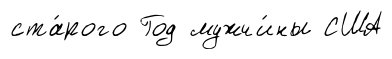
ста́рого Год мужчи́ны США